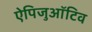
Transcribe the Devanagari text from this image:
ऐपिजुऑटिव